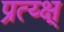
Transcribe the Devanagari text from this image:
प्रत्य्क्ष्